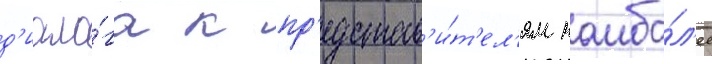
д'иало́га к пр'едстав'и́т'ел'ям наибо́л'ее